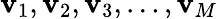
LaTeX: \mathbf{v}_{1},\mathbf{v}_{2},\mathbf{v}_{3},\ldots,\mathbf{v}_{M}